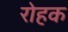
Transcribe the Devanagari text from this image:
रोहक